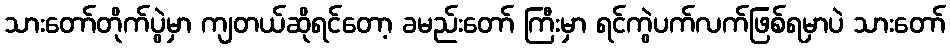
သားတော်တိုက်ပွဲမှာ ကျတယ်ဆိုရင်တော့ ခမည်းတော် ကြီးမှာ ရင်ကွဲပက်လက်ဖြစ်ရမှာပဲ သားတော်